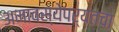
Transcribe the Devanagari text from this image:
अमावस्येपर्यंतचा